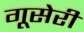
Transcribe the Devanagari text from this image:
गूसेरी